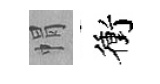
㡌衝